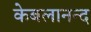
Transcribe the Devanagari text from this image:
केबलानन्द